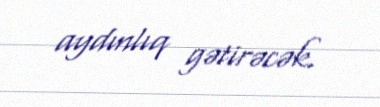
aydınlıq gətirəcək.